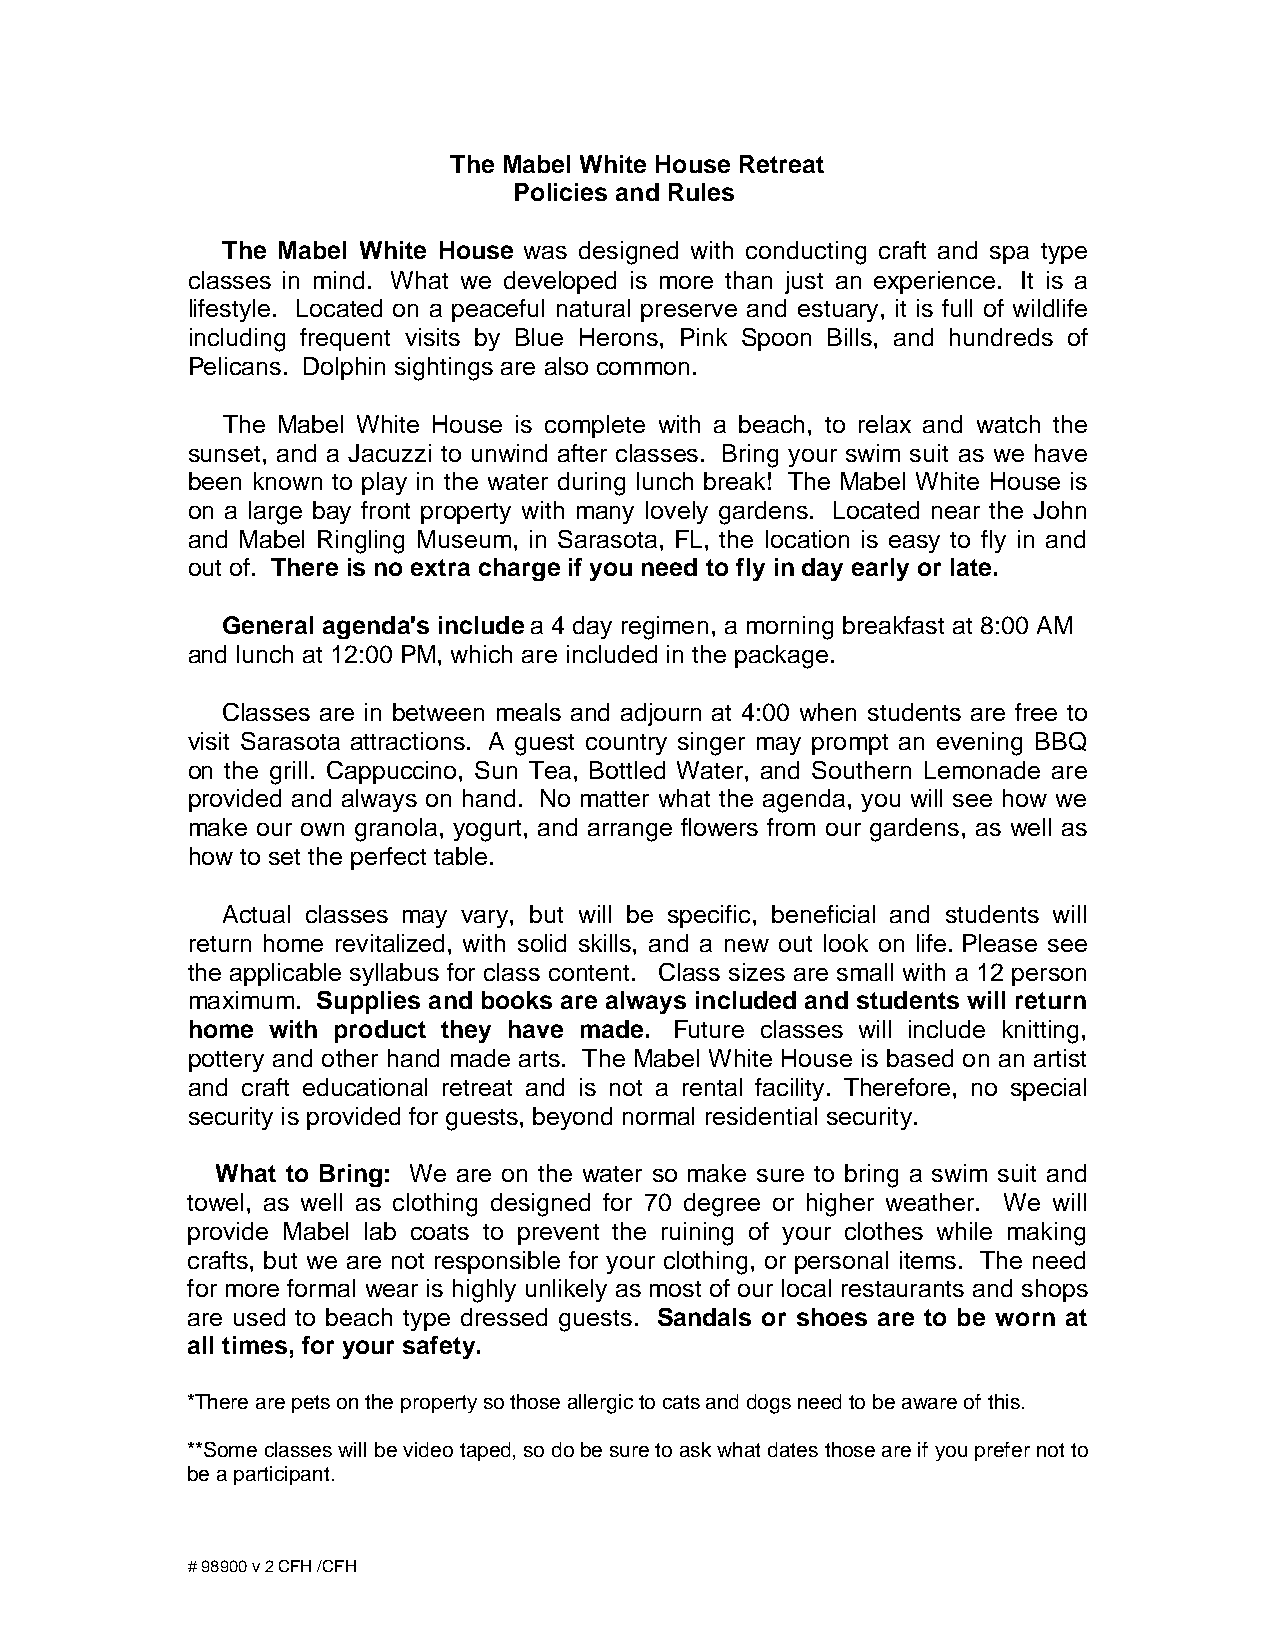
The Mabel White House Retreat
 Policies and Rules
 The Mabel White House was designed with conducting craft and spa type
 classes in mind. What we developed is more than just an experience. It is a
 lifestyle. Located on a peaceful natural preserve and estuary, it is full of wildlife
 including frequent visits by Blue Herons, Pink Spoon Bills, and hundreds of
 Pelicans. Dolphin sightings are also common.
 T he Mabel White House is complete with a beach, to relax and watch the
 sunset, and a Jacuzzi to unwind after classes. Bring your swim suit as we have
 been known to play in the water during lunch break! The Mabel White House is
 on a large bay front property with many lovely gardens. Located near the John
 and Mabel Ringling Museum, in Sarasota, FL, the location is easy to fly in and
 out of. There is no extra charge if you need to fly in day early or late.
 General agenda's include a 4 day regimen, a morning breakfast at 8:00 AM
 and lunch at 12:00 PM, which are included in the package.
 Classes are in between meals and adjourn at 4:00 when students are free to
 visit Sarasota attractions. A guest country singer may prompt an evening BBQ
 on the grill. Cappuccino, Sun Tea, Bottled Water, and Southern Lemonade are
 provided and always on hand. No matter what the agenda, you will see how we
 make our own granola, yogurt, and arrange flowers from our gardens, as well as
 how to set the perfect table.
 A ctual classes may vary, but will be specific, beneficial and students will
 return home revitalized, with solid skills, and a new out look on life. Please see
 the applicable syllabus for class content. Class sizes are small with a 12 person
 maximum. Supplies and books are always included and students will return
 home  with product they have made. Future classes will include knitting,
 pottery and other hand made arts. The Mabel White House is based on an artist
 and craft educational retreat and is not a rental facility. Therefore, no special
 security is provided for guests, beyond normal residential security.
 What to Bring: We are on the water so make sure to bring a swim suit and
 towel, as well as clothing designed for 70 degree or higher weather. We will
 provide Mabel lab coats to prevent the ruining of your clothes while making
 crafts, but we are not responsible for your clothing, or personal items. The need
 for more formal wear is highly unlikely as most of our local restaurants and shops
 are used to beach type dressed guests. Sandals or shoes are to be worn at
 all times, for your safety.
 *There are pets on the property so those allergic to cats and dogs need to be aware of this.
 **Some classes will be video taped, so do be sure to ask what dates those are if you prefer not to
 be a participant.
 # 98900 v 2 CFH /CFH